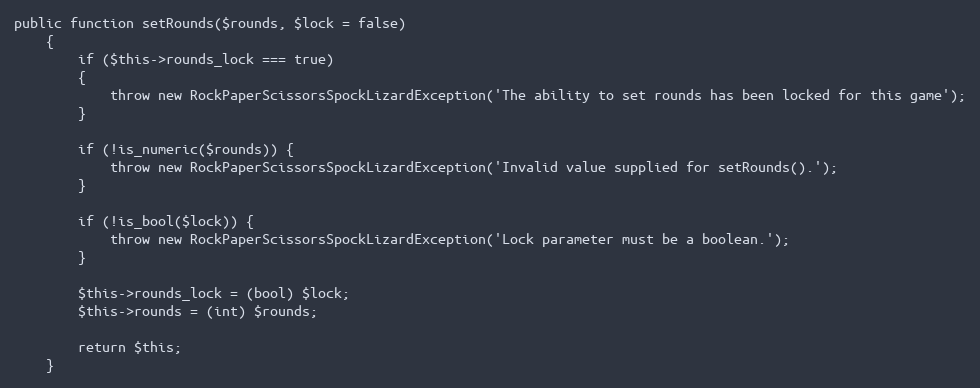
Language: PHP
public function setRounds($rounds, $lock = false)
    {
        if ($this->rounds_lock === true)
        {
            throw new RockPaperScissorsSpockLizardException('The ability to set rounds has been locked for this game');
        }

        if (!is_numeric($rounds)) {
            throw new RockPaperScissorsSpockLizardException('Invalid value supplied for setRounds().');
        }

        if (!is_bool($lock)) {
            throw new RockPaperScissorsSpockLizardException('Lock parameter must be a boolean.');
        }

        $this->rounds_lock = (bool) $lock;
        $this->rounds = (int) $rounds;

        return $this;
    }